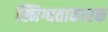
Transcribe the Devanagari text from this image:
स्निग्धताकारक